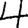
Digit: 4